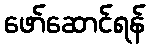
ဖော်ဆောင်ရန်